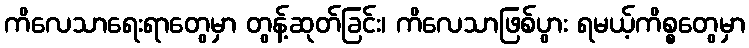
ကိလေသာရေးရာတွေမှာ တွန့်ဆုတ်ခြင်း၊ ကိလေသာဖြစ်ပွား ရမယ့်ကိစ္စတွေမှာ